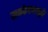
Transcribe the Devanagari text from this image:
खमकेपणामुळे